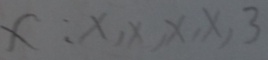
x : x , x , x , x , 3